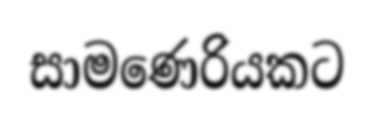
සාමණෙරියකට